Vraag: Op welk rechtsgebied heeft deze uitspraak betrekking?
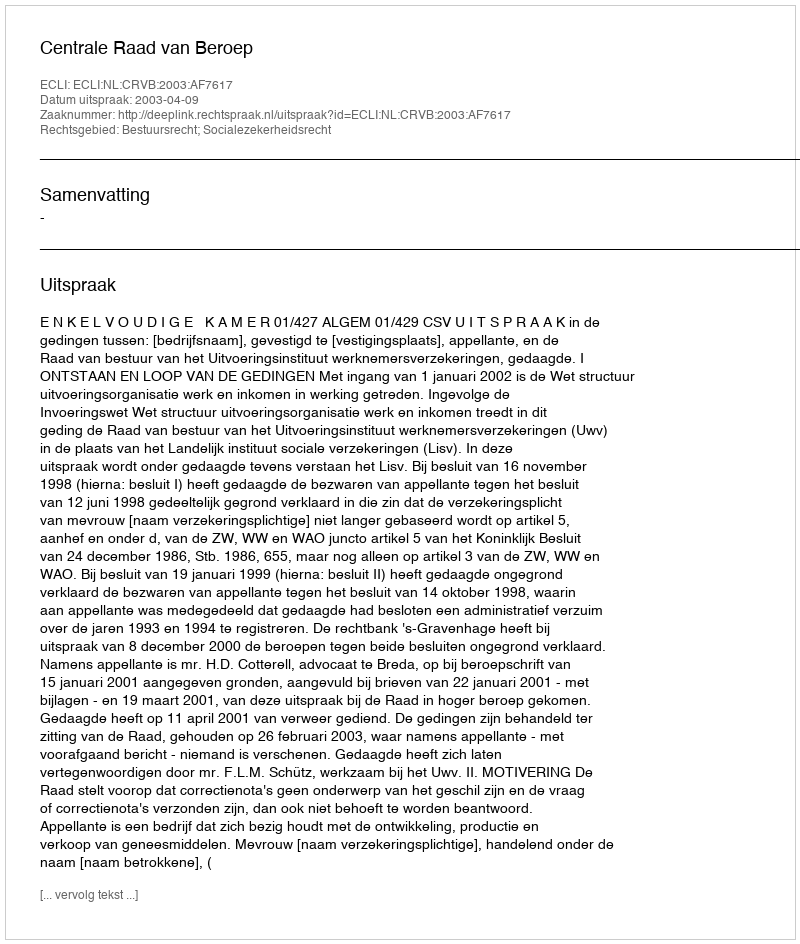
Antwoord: Bestuursrecht; Socialezekerheidsrecht